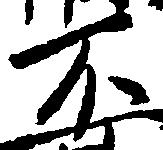
不